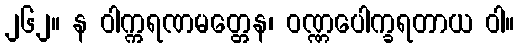
၂၆၂။ န ဝါက္ကရဏမတ္တေန၊ ဝဏ္ဏပေါက္ခရတာယ ဝါ။